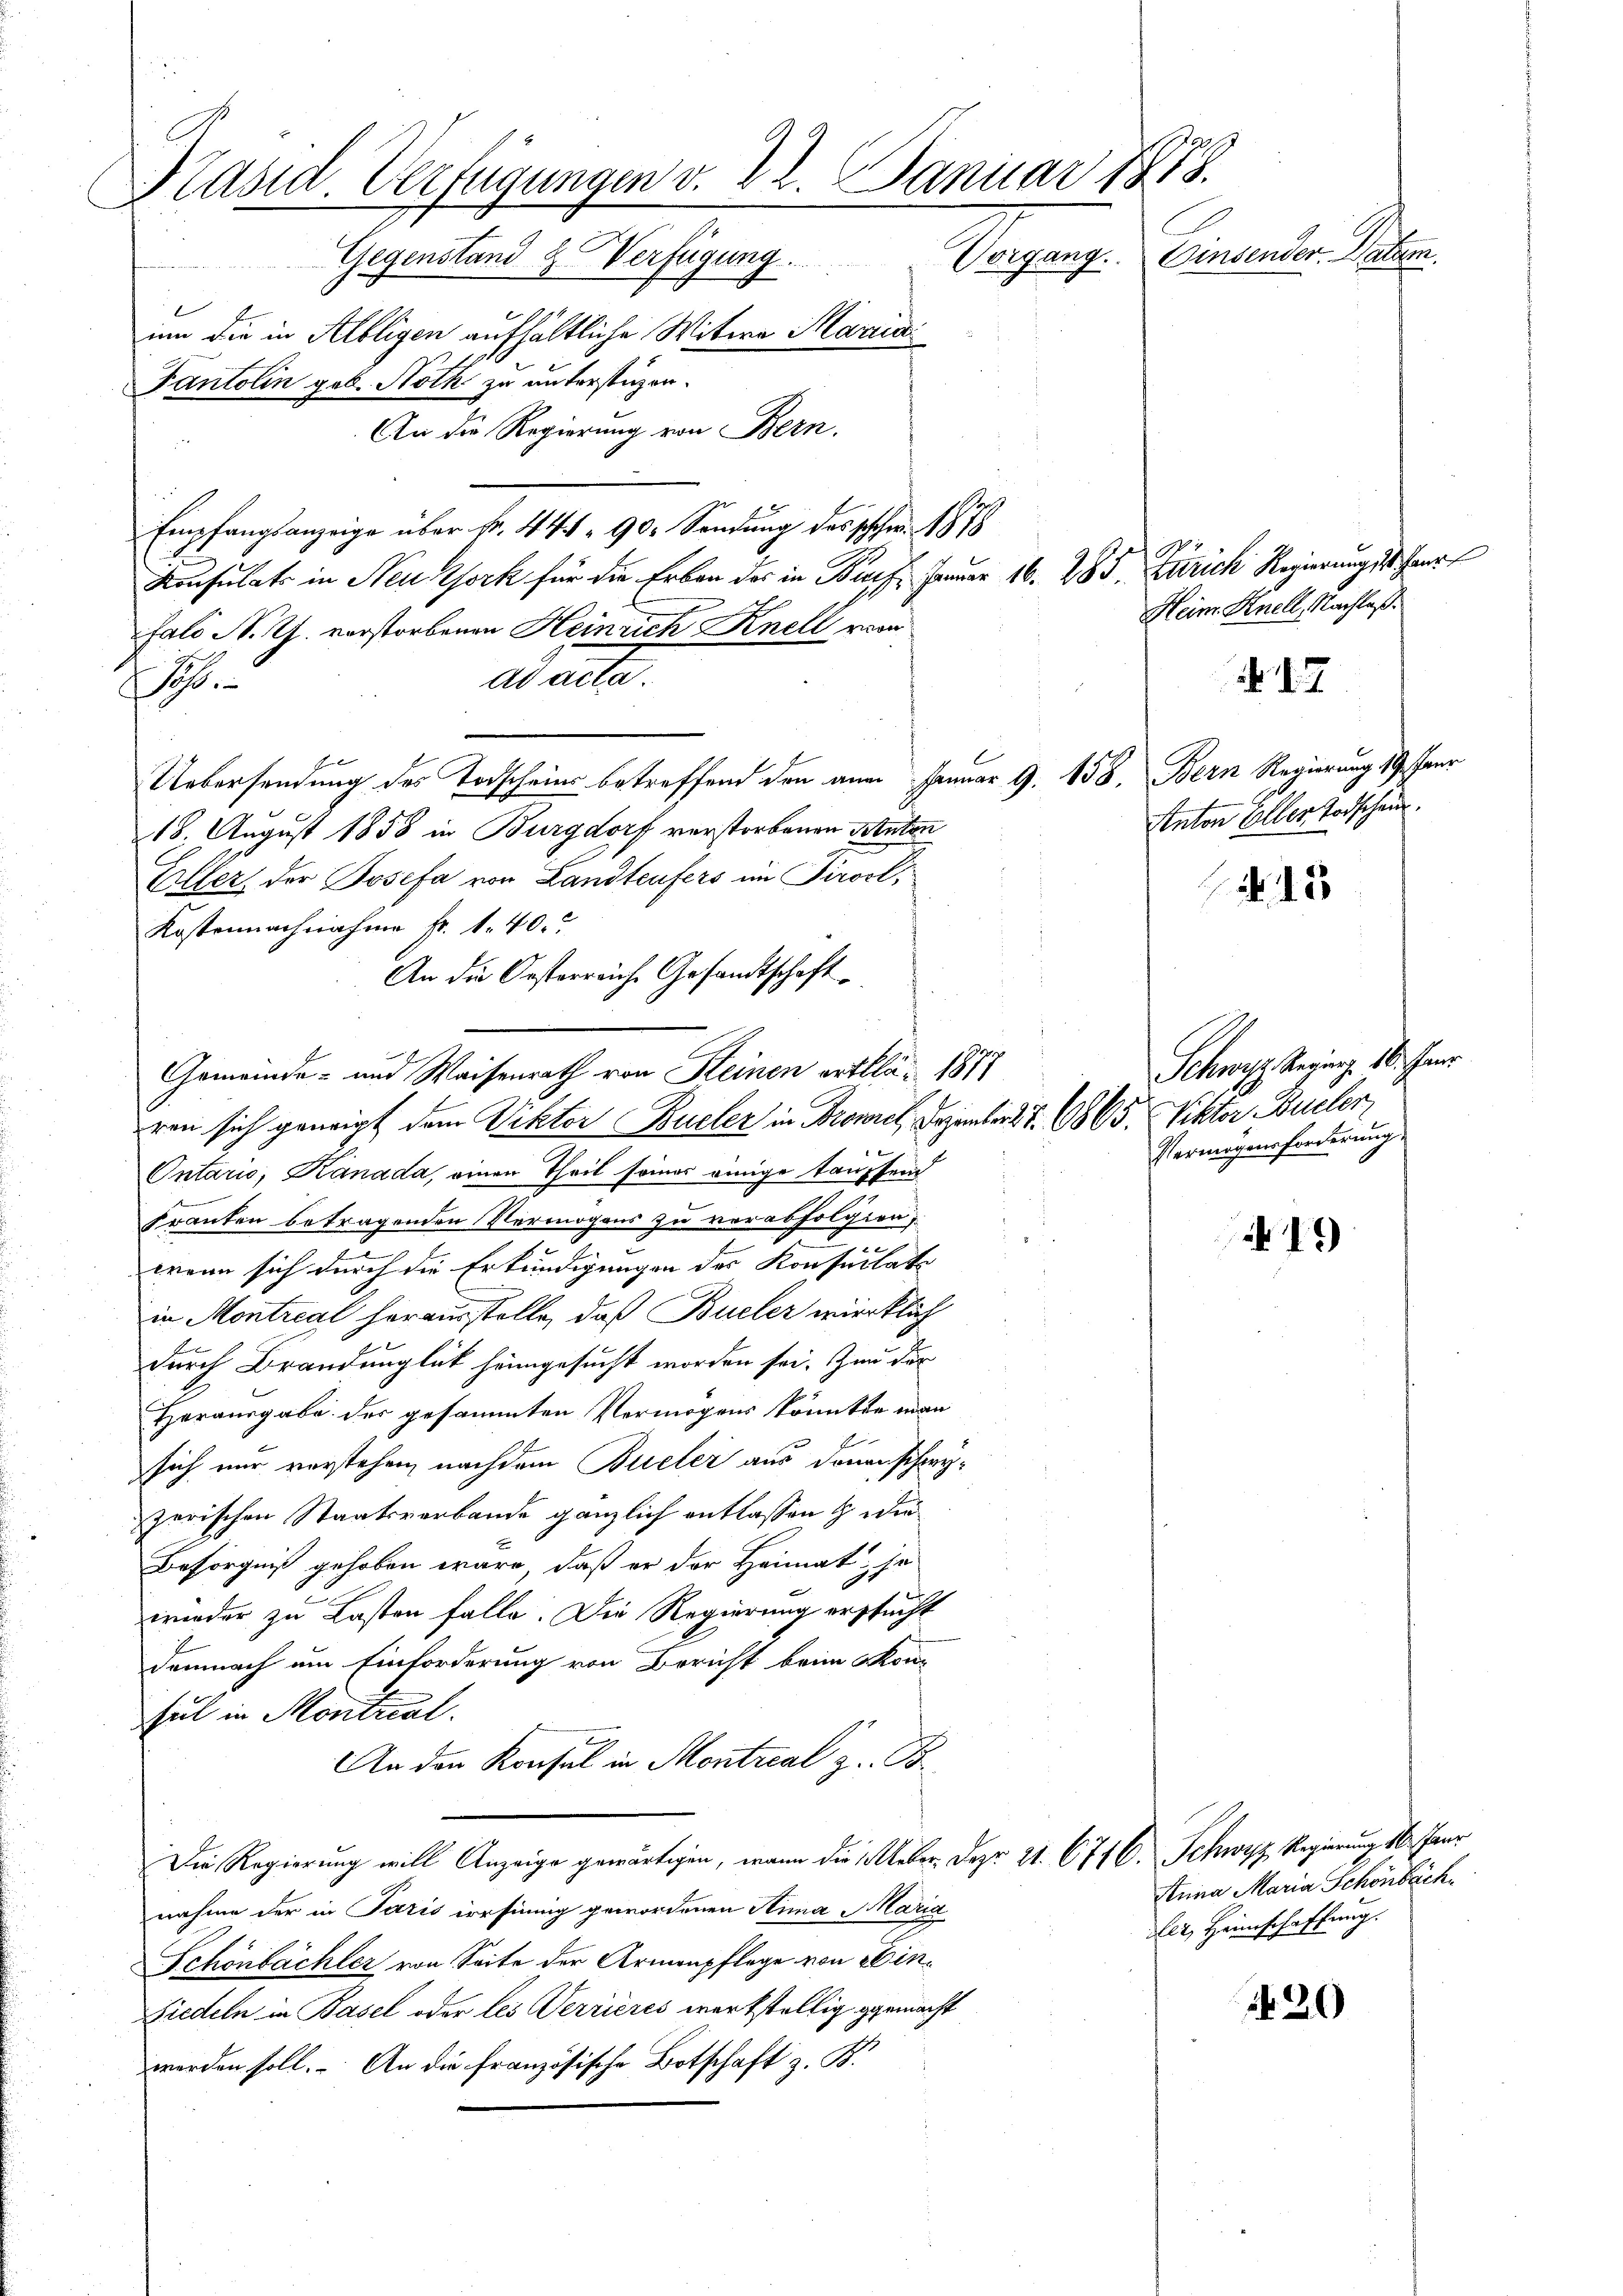
Präsid. Verfügungen v. 22. Januar 1878.
Einsender-Patem.
Gegenstand & Verfügung. Vorgang.
um die in Albligen aufhältliche Witwe Mariai
Fantolin geb. Noth zu unterstüzen.
An die Regierung von Bern.

Empfangsanzeige über Fr. 441. 90. Sendung des schon 1878
Konsulats in Neu York für die Erben des in Brach Januar 16. 285. Zürich Regierungst herr
fali N. Th. verstorbenen Heinrich Knell vom
ad acta.
6
Uebersendung des Todschein betreffend den an Januar 9. 158, Bern Regierung 19. Paur
18. August 1858 in Burgdorf verstorbenen Stuten
Eller, der Josefa von Landteufers im Tirocl,
Kostennachnahme fr. 1. 40.
An die Orsterreiche Gesandtschaft
Gemeinde- und Waisenrath von Kleinen erthlä- 1891
ren sich geneigt dem Viktor Büeler in Broniel, Dezember d. 7. 1865. Viktor Büeler,
 x
Ontaris, Kanada, einen Theil seiner einige Tausend
Franten betragenden Vermögens zu verabfolgien,
wenn sich durch die Erkundigungen des Konsulate
in Montreal herausstelle, daß Büeler wirklich
durch Brandunglück heimgesucht worden sei. Zum der
Herausgabe der gesammten Vermögens könnte man
sich nur vorstehen, nachdem Büeler aus denen schreyzerischen Staatsverbande gänzlich entlassen wer
Besorgniß gehoben wäre, daß er der Heimat, ir
wieder zu Lasten falle. Die Regierung ersucht
demnach um Einforderung von Bericht beim Kon-
sul in Montual.
An den Konsul in Montreal z. B.
Die Regierung will Anzeige gewärtigen, wann die Ueber. Dez. 21. 674 C. Schwyz Regierung 16. Paur
nahme der in Pazis versinnig gewordenen Sina Maria
Schönbächler von Seite der Armenpflege von Hin¬
Fiedeln in Basel oder les Verrieres werkstellig gemacht
werden soll. An die französische Botschaft z. B.

N 17

19

Heim. Knell, Nachlaß.

Anton Eller Todschein.
Nr. 15

Schwyz Reging. 18. Jan.
Vermögensforderung

Anna Maria Schönbäch
er, Heimschaffung.

420